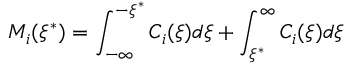
M _ { i } ( \xi ^ { * } ) = \int _ { - \infty } ^ { - \xi ^ { * } } C _ { i } ( \xi ) d \xi + \int _ { \xi ^ { * } } ^ { \infty } C _ { i } ( \xi ) d \xi